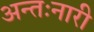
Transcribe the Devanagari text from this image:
अन्तःनारी